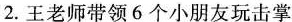
2.王老师带领6个小朋友玩击掌